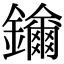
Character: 𨯡